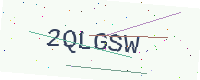
Text: 2QLGSW